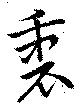
衷